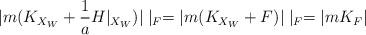
LaTeX: \begin{align*} |m(K_{X_W}+\frac{1}{a}H|_{X_W})|\mid_F= |m(K_{X_W}+F)|\mid_F=|mK_F| \end{align*}